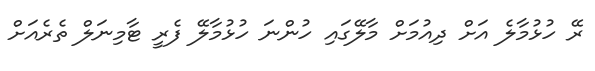
ރޭ ހުޅުމާލެ އަށް ދިއުމަށް މާލޭގައި ހުންނަ ހުޅުމާލޭ ފެރީ ޓާމިނަލް ތެރެއަށް